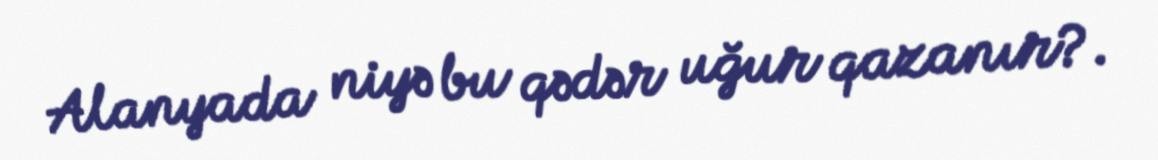
Alanyada niyə bu qədər uğur qazanır?.